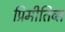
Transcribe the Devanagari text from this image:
प्रिमीतिव्स